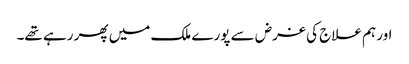
اور ہم علاج کی غرض سے پورے ملک میں پھر رہے تھے۔